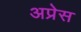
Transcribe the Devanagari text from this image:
अप्रेस